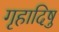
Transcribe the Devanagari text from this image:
गृहादिषु